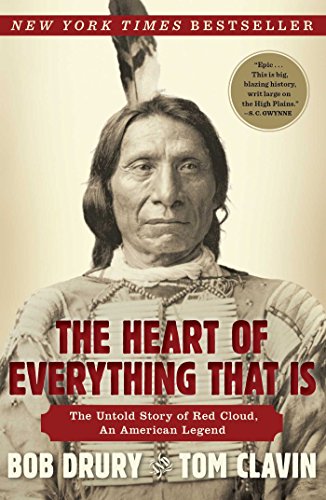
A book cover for The Heart of Everything That Is: The Untold Story of Red Cloud, An American Legend; Bob Drury; Biographies & Memoirs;